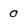
Character: 0